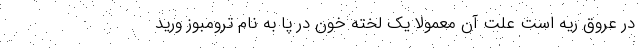
در عروق ریه است علت آن معمولا یک لخته خون در پا به نام ترومبوز ورید